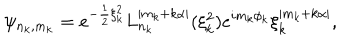
LaTeX: \psi _ { n _ { k } , m _ { k } } = e ^ { - \frac { 1 } { 2 } \xi _ { k } ^ { 2 } } L _ { n _ { k } } ^ { | m _ { k } + k \alpha | } ( \xi _ { k } ^ { 2 } ) e ^ { i m _ { k } \phi _ { k } } \xi _ { k } ^ { | m _ { k } + k \alpha | } ,